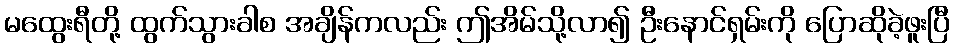
မထွေးရီတို့ ထွက်သွားခါစ အချိန်ကလည်း ဤအိမ်သို့လာ၍ ဦးနောင်ရှမ်းကို ပြောဆိုခဲ့ဖူးပြီ